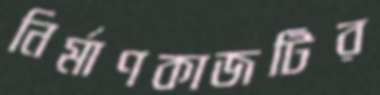
নির্মাণকাজটির